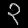
Digit: ၃